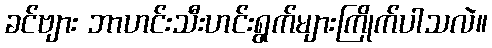
ခင်ဗျား ဘာဟင်းသီးဟင်းရွက်များကြိုက်ပါသလဲ။